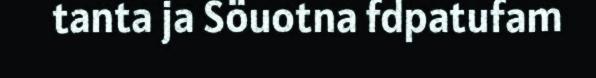
tanta ja Söuotna fdpatufam